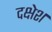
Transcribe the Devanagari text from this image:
दक्षेश